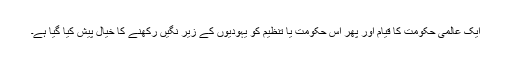
ایک عالمی حکومت کا قیام اور پھر اس حکومت یا تنظیم کو یہودیوں کے زیر نگیں رکھنے کا خیال پیش کیا گیا ہے۔